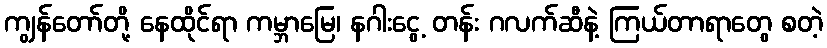
ကျွန်တော်တို့ နေထိုင်ရာ ကမ္ဘာမြေ၊ နဂါးငွေ့ တန်း ဂလက်ဆီနဲ့ ကြယ်တာရာတွေ စတဲ့